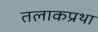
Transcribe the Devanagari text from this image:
तलाकप्रथा